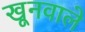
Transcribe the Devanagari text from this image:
खूनवाले